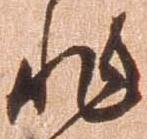
非